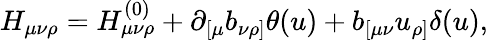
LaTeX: H_{\mu\nu\rho}=H_{\mu\nu\rho}^{(0)}+\partial_{[\mu}b_{\nu\rho]}\theta(u)+b_{[\mu\nu}u_{\rho]}\delta(u),